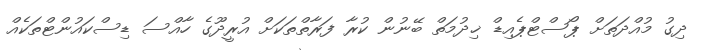
ދިގު މުއްދަތަށް ޕޯސްޓްޕެއިޑް ޚިދުމަތް ބޭނުން ކުރާ ފަރާތްތަކަށް އުރީދޫގެ ހާއްސަ ޑިސްކައުންޓްތަކެއް